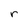
Character: r